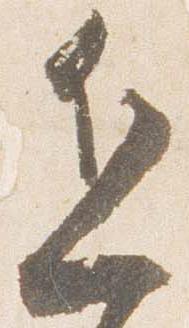
近